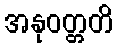
အနုဝတ္တတိ